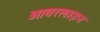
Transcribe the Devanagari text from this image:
ओवरलाइन